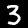
Label: 3